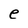
Character: e